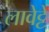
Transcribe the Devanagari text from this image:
लावेट्टे